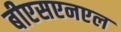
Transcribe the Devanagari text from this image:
बीएसएनएल